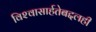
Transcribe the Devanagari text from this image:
विश्‍वासार्हतेबद्दलही